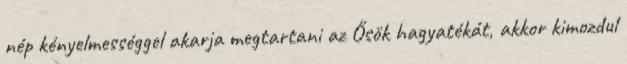
nép kényelmességgel akarja megtartani az Ősök hagyatékát, akkor kimozdul